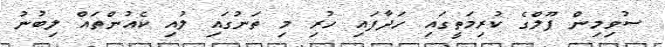
ސުވިމިން ޕޫލްގެ ކުރިމަތީގައި ހަދާފައި ހުރި މި ތަނުގައި ލުއި ކެއުންތައް ލިބުނު